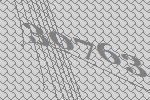
30763